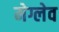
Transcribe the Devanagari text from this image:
मेग्लेव